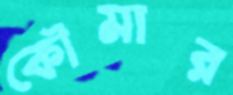
কৌমার